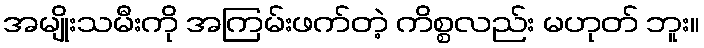
အမျိုးသမီးကို အကြမ်းဖက်တဲ့ ကိစ္စလည်း မဟုတ် ဘူး။